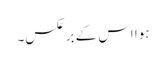
ہوا اس کے برعکس۔